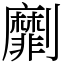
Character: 劘